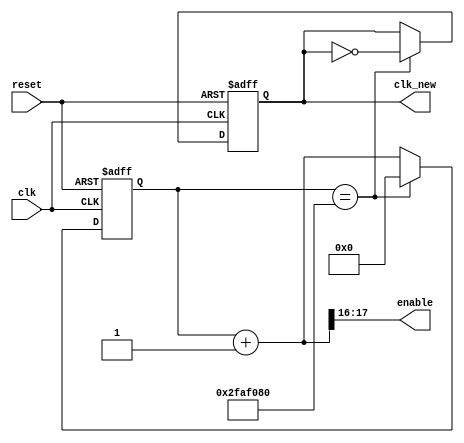
module fre_divider_50M_en(
    input clk,
    output clk_new,
    input reset,
    output [1:0] enable
    );
    
reg clk_new;
reg [26:0] count_n;
reg [26:0] count_p;

assign enable[1:0] = count_n[17:16];
        
always @(count_p)
begin
    count_n = count_p + 27'd1;
end 
       
always @(posedge clk or negedge reset)
begin
    if (~reset)
    begin
        count_p <= 27'd0;
        clk_new <= 0;
    end
    else
    begin
        count_p <= count_n;
        if (count_p == 27'd50000000)
        begin
            count_p <= 27'd0;
            clk_new <= ~clk_new;
        end
    end
end
  
endmodule